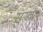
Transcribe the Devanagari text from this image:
सुर्‍या